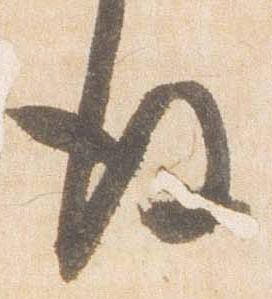
後